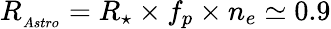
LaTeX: R_{_{Astro}}=R_{\star}\times f_{p}\times n_{e}\simeq 0.9